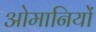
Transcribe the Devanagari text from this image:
ओमानियों